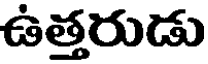
ఉత్తరుడు